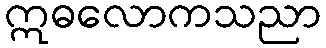
ဣဓလောကသညာ